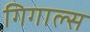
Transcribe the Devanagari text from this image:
गिगाल्स